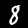
Label: 8